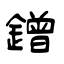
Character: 鏳